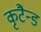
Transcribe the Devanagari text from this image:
कृटैन्ड